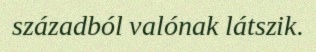
századból valónak látszik.